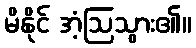
မိနိုင် အံ့ဩသွား၏။